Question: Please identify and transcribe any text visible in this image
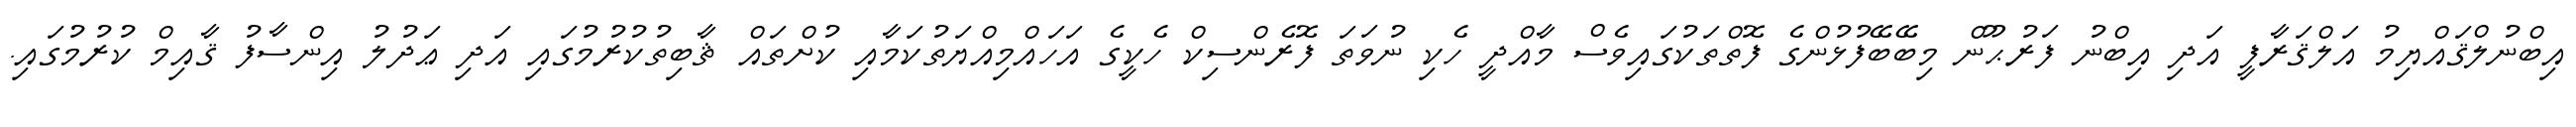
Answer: އިބްނުލްޤައްޔިމު އަލްޤަރާފީ އަދި އިބްނު ފަރުޙޫން މިބޭބޭފުޅުންގެ ފޮތްތަކުގައިވެސް މާއްދީ ހެކި ނުވަތަ ފޮރެންސިކް ހެކީގެ އަހައްމިއްޔަތުކަމާއި ކުށްތައް ޘާބިތުކުރުމުގައި އަދި ޢަދުލު އިންސާފު ޤާއިމް ކުރުމުގައި.